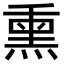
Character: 熏